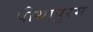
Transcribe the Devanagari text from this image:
पीथापुरम